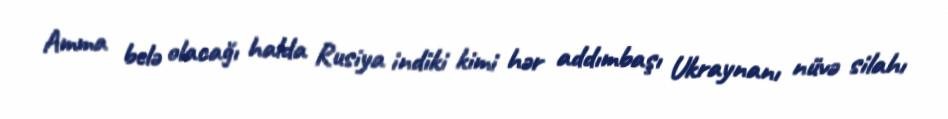
Amma belə olacağı halda Rusiya indiki kimi hər addımbaşı Ukraynanı nüvə silahı